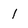
Character: 1